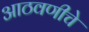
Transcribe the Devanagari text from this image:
आठवणीचे